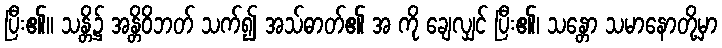
ပြီး၏။ သန္တိ၌ အန္တိဝိဘတ် သက်၍ အသ်ဓာတ်၏ အ ကို ချေလျှင် ပြီး၏၊ သန္တော သမာနောတို့မှာ